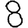
Digit: 8